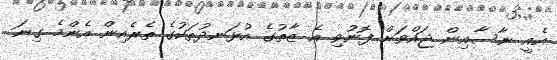
އެއީ ނާސާއިން ޖައްވަށް ފޮނުވި އެ ޒާތުގެ އުޅަނދުތަކުގެ ތެރެއިން އެންމެ ގިނަ